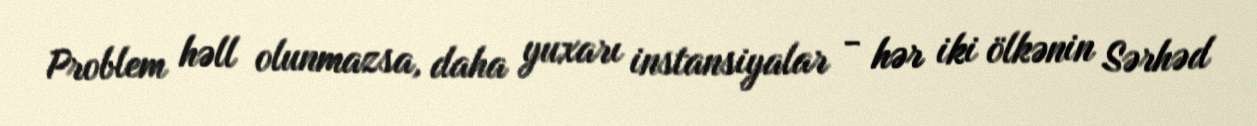
Problem həll olunmazsa, daha yuxarı instansiyalar - hər iki ölkənin Sərhəd